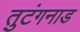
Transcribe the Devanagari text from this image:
तुटंगनाड